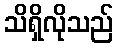
သိရှိလိုသည်